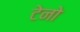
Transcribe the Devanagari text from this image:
टेनो